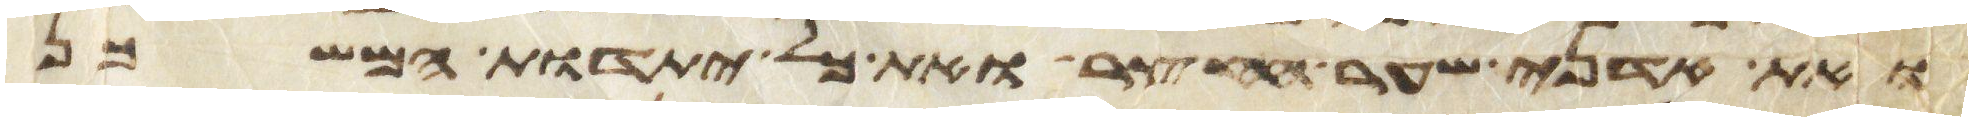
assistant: ואת אדני שער החצר ואת כל יתדות המשכן